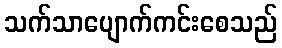
သက်သာပျောက်ကင်းစေသည်